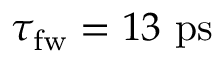
\tau _ { \mathrm { { f w } } } = 1 3 ~ \mathrm { p s }